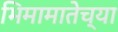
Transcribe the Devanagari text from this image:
भिमामातेच्या